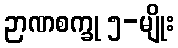
ဉာဏစက္ခု ၅-မျိုး